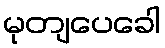
မုတျပေခေါ